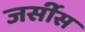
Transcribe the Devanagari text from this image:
जर्सीस